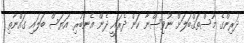
ދަރިންގެ މުސްތަޤްބަލަށް ނުވިސްނާ ކަން ދެރައީ ދެން އެނބުރި އަޔަސް ބަލައި ގައްނާތި